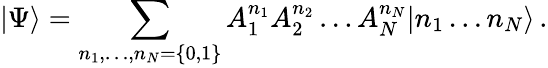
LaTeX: |\Psi\rangle=\sum_{n_{1},\ldots,n_{N}=\{ 0,1\} }A_{1}^{n_{1}}A_{2}^{n_{2}}\ldots A_{N}^{n_{N}}|n_{1}\ldots n_{N}\rangle\, .